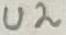
Text: U2